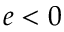
e < 0